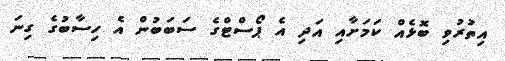
އިތުރުވި ބޮޅެއް ކަމަށާއި އަދި އެ ޕޯސްޓްގެ ސަބަބުން އެ ހިސާބުގެ ގިނަ